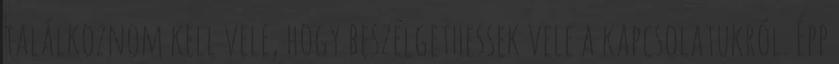
találkoznom kell vele, hogy beszélgethessek vele a kapcsolatukról. Épp